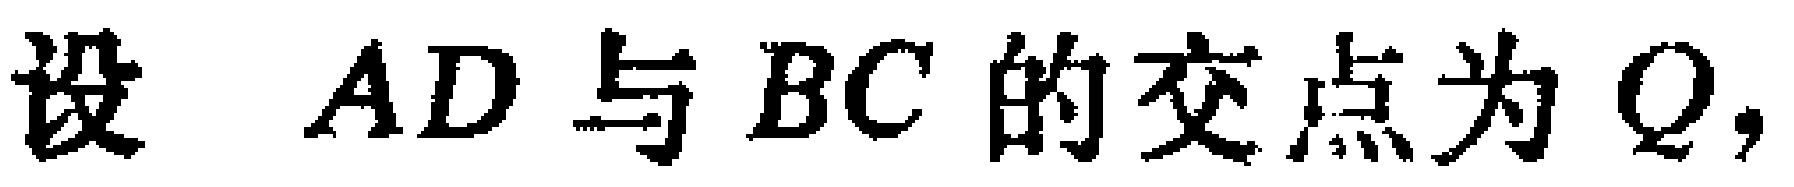
设 \(AD\) 与 \(BC\) 的交点为 \(Q\)，